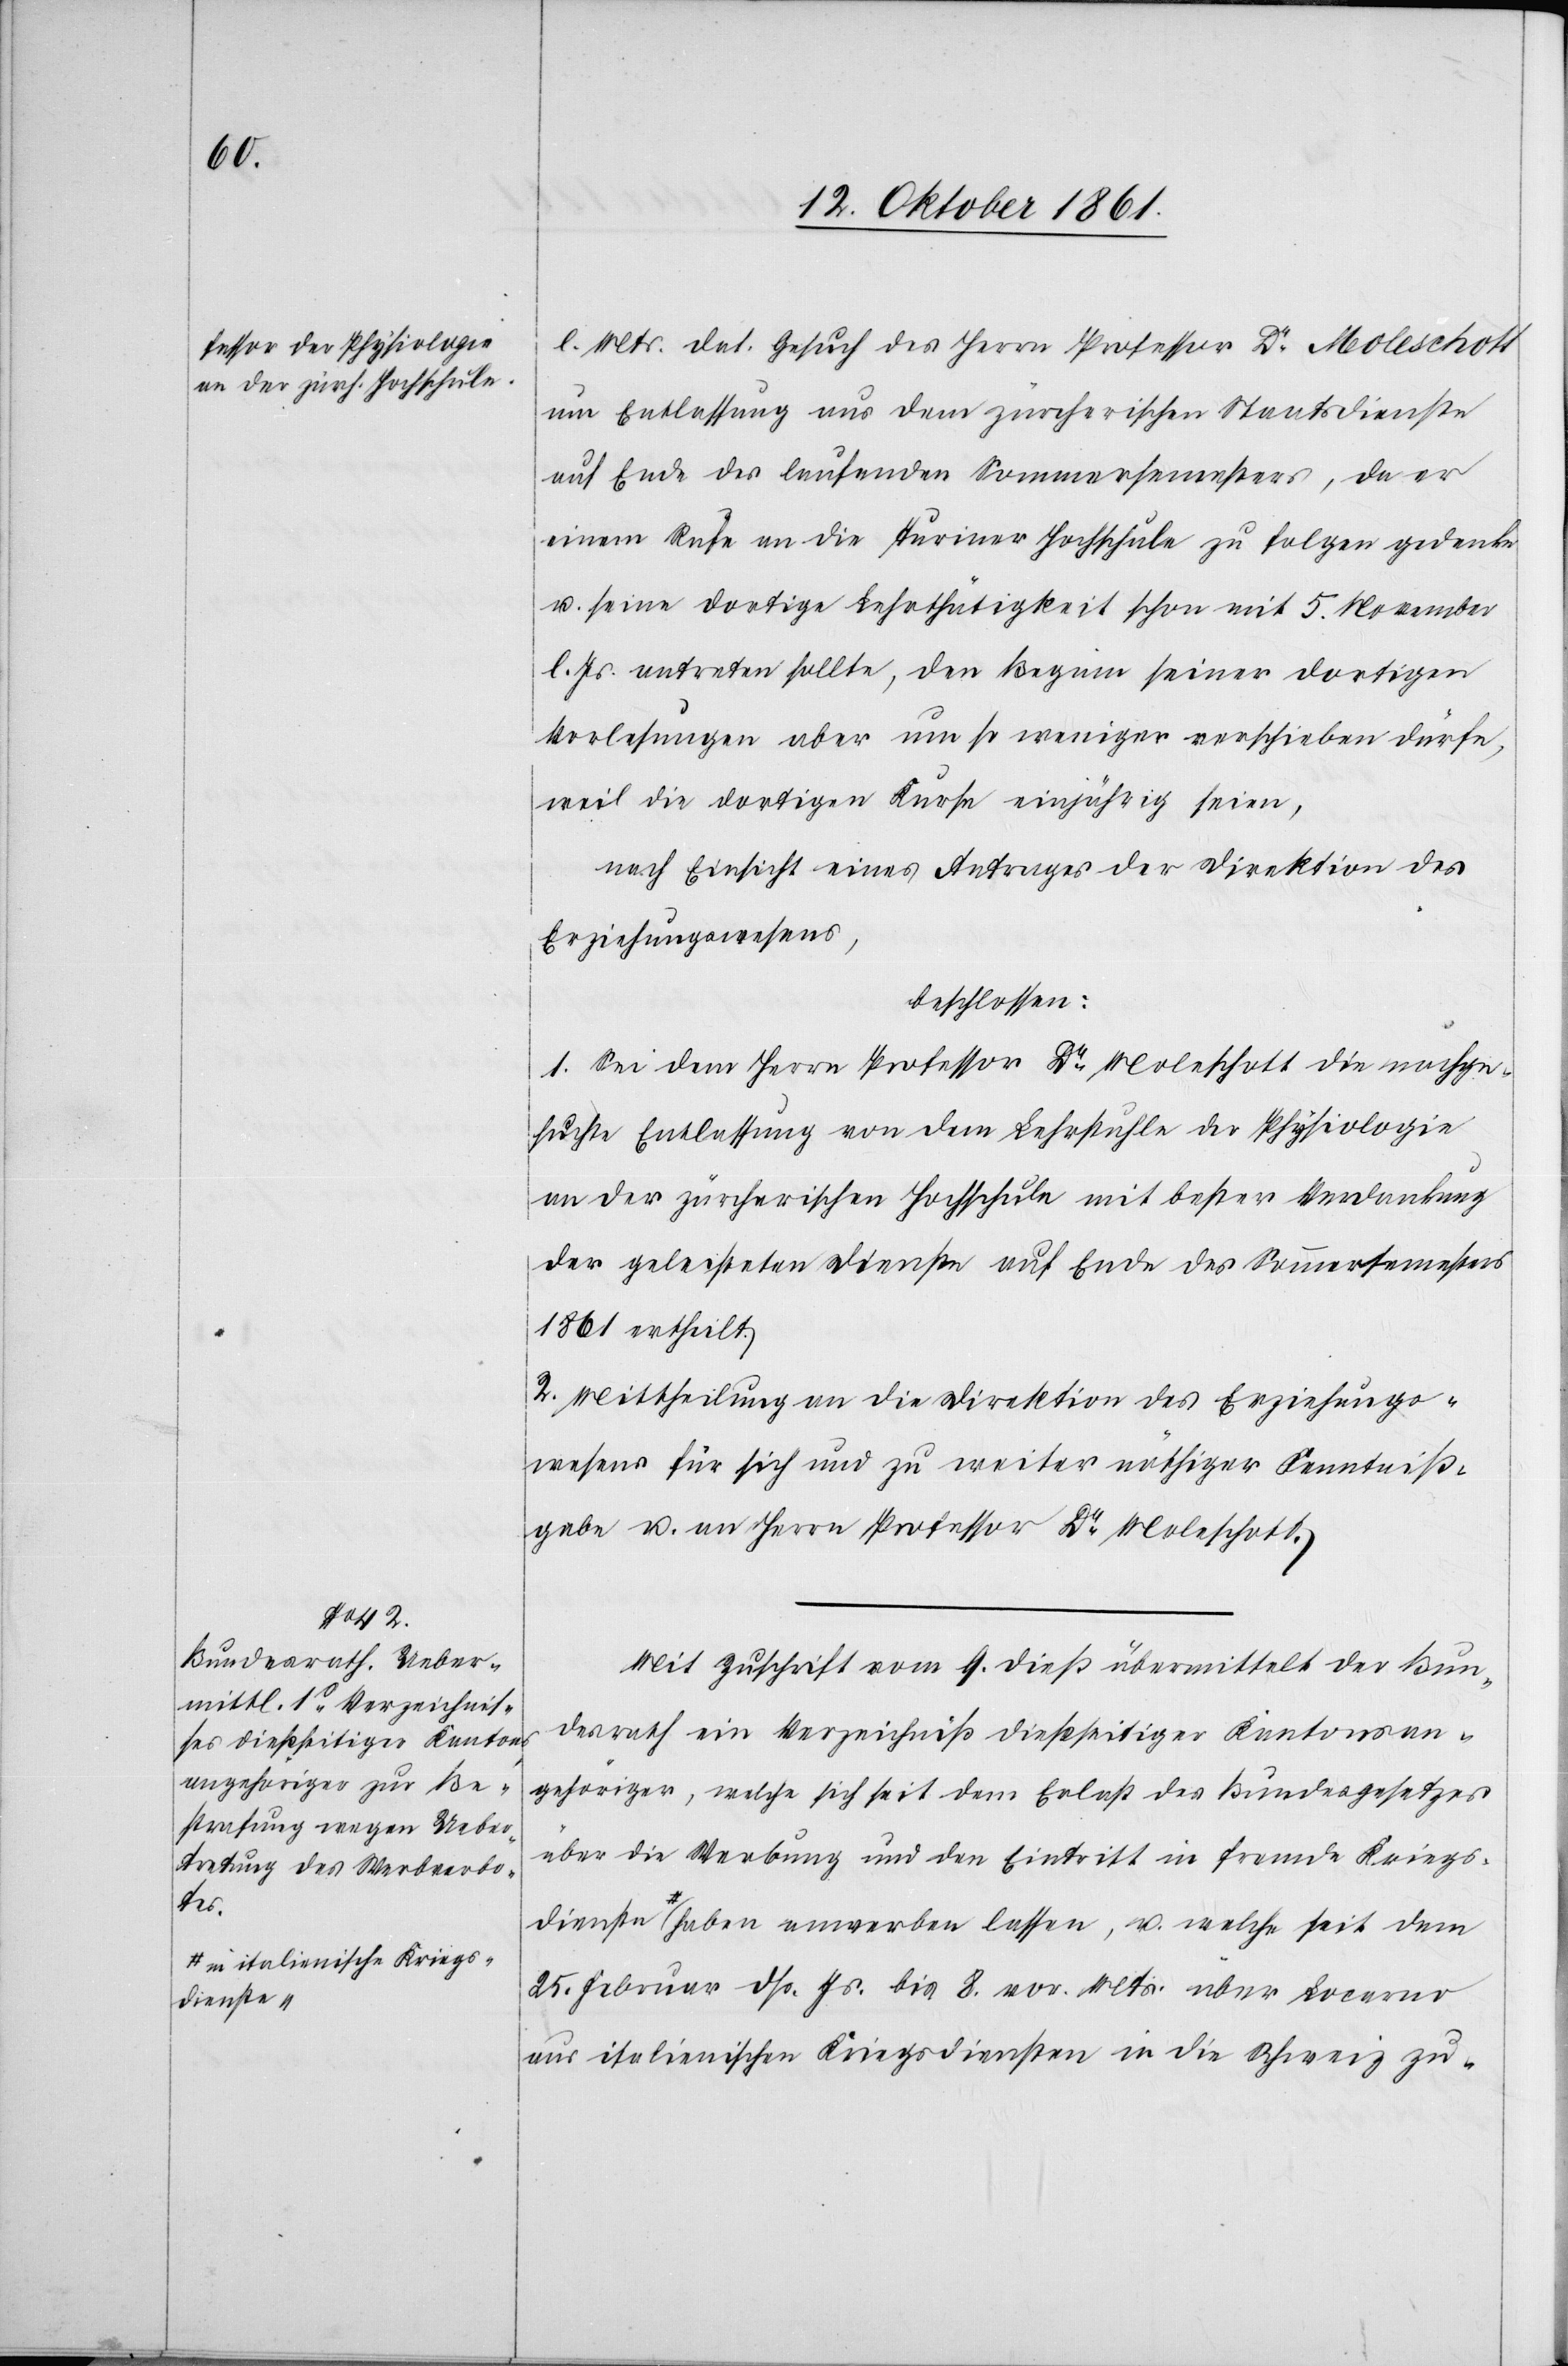
a-in italienische Kriegs¬
dienste

l. Mts. das Gesuch des Herrn Professor Dr Moleschott
um Entlassung aus dem zürcherischen Staatsdienste
auf Ende des laufenden Sommersemesters, da er
einem Rufe an die Turiner Hochschule zu folgen gedenke
u. seine dortige Lehrthätigkeit schon mit 5 November
l. Js. antreten sollte, den Beginn seiner dortigen
Vorlesungen aber um so weniger verschieben dürfe,
weil die dortigen Kurse einjährig seien.
nach Einsicht eines Antrages der Direktion des
Erziehungswesens,
beschlossen:
1. Sei dem Herrn Professor Dr Moleschott die nachge¬
suchte Entlassung von dem Lehrstuhle der Physiologie
an der zürcherischen Hochschule mit bester Verdankung
der geleisteten Dienste auf Ende des Sommersemesters
1861 ertheilt.
2. Mittheilung an die Direktion des Erziehungs¬
wesens für sich und zu weiter nöthiger Kenntniß¬
gabe u. an Herrn Professor Dr Moleschott.
Mit Zuschrift vom 9 dieß übermittelt der Bun¬
desrath ein Verzeichniß dießseitiger Kantonsan¬
gehöriger, welche sich seit dem Erlaß des Bundesgesetzes
über die Werbung und den Eintritt in fremde Kriegs¬
dienste-a haben anwerben lassen, u. welche seit dem
25 Februar dß. Js. bis 8 v. Mts. über Locarno
aus italienischen Kriegsdiensten in die Schweiz zu-